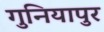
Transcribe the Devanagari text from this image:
गुनियापुर